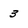
Character: 3